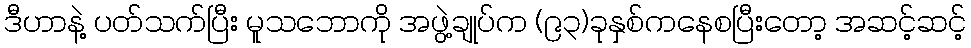
ဒီဟာနဲ့ ပတ်သက်ပြီး မူသဘောကို အဖွဲ့ချုပ်က (၉၃)ခုနှစ်ကနေစပြီးတော့ အဆင့်ဆင့်